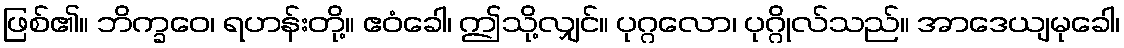
ဖြစ်၏။ ဘိက္ခဝေ၊ ရဟန်းတို့။ ဧဝံခေါ၊ ဤသို့လျှင်။ ပုဂ္ဂလော၊ ပုဂ္ဂိုလ်သည်။ အာဒေယျမုခေါ၊